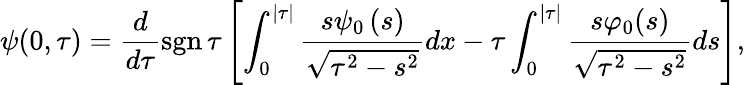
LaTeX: \psi(0,\tau)=\frac{d}{d\tau}\operatorname*{sgn}\tau\left[\int_{0}^{\lvert\tau\rvert}\frac{s\psi_{0}\left(s\right)}{\sqrt{\tau^{2}-s^{2}}}dx-\tau\int_{0}^{\lvert\tau\rvert}\frac{s\varphi_{0}(s)}{\sqrt{\tau^{2}-s^{2}}}ds\right],